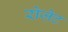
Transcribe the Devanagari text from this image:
रोजे़ट